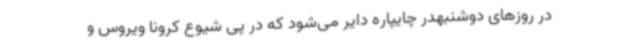
در روزهای دوشنبهدر چایپاره دایر می‌شود که در پی شیوع کرونا ویروس و